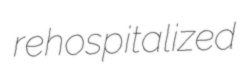
rehospitalized